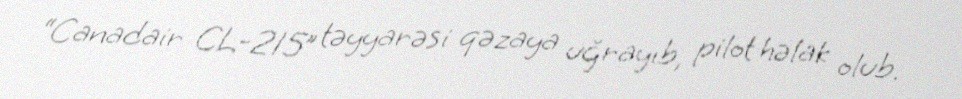
“Canadair CL-215” təyyarəsi qəzaya uğrayıb, pilot həlak olub.